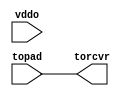
module bw_io_ic_filter(
    torcvr,
   topad,
   vddo );
output  torcvr;
input   topad;
input   vddo;
assign torcvr = topad ;
endmodule